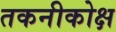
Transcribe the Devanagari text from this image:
तकनीकोक्ष